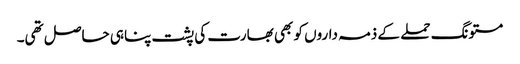
مستونگ حملے کے ذمہ داروں کو بھی بھارت کی پشت پناہی حاصل تھی۔